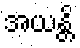
အယန္တိ